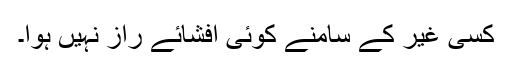
کسی غیر کے سامنے کوئی افشائے راز نہیں ہوا۔